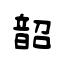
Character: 韶